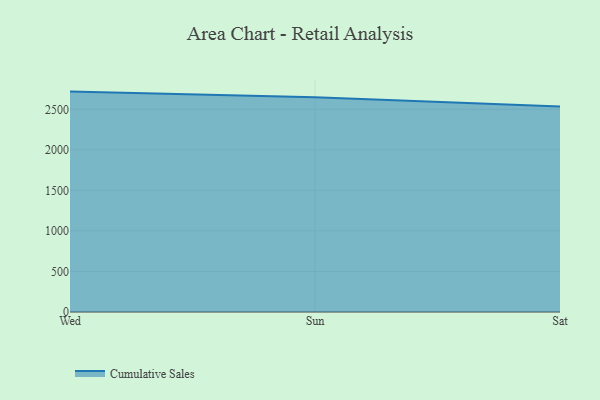
{"axis": {"x": "Day", "y": "Production Output"}, "legend": ["Cumulative Sales"], "data": [{"x": "Wed", "y": 2718.6, "type": "Cumulative Sales"}, {"x": "Sun", "y": 2648.5, "type": "Cumulative Sales"}, {"x": "Sat", "y": 2535.7, "type": "Cumulative Sales"}]}